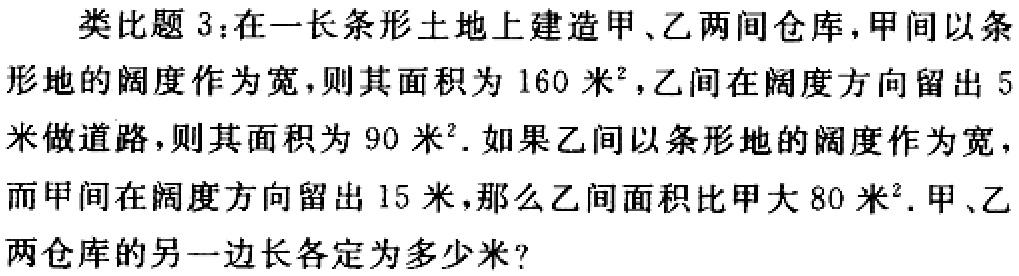
类比题3：在一长条形土地上建造甲、乙两间仓库，甲间以条形地的阔度作为宽，则其面积为160米²，乙间在阔度方向留出5米做道路，则其面积为90米². 如果乙间以条形地的阔度作为宽，而甲间在阔度方向留出15米，那么乙间面积比甲大80米². 甲、乙两仓库的另一边长各定为多少米?